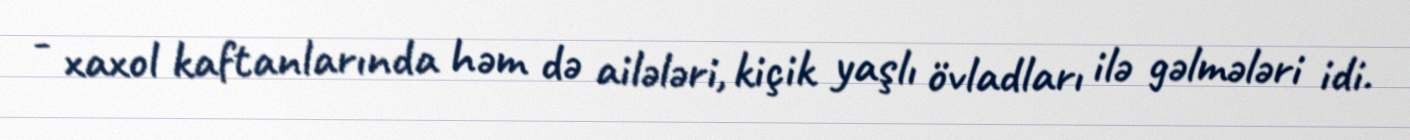
- xaxol kaftanlarında həm də ailələri, kiçik yaşlı övladları ilə gəlmələri idi.